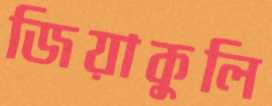
জিয়াকুলি